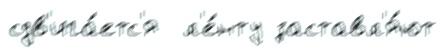
сдв'ига́етс'я  л'е́нту заставл'я́ют